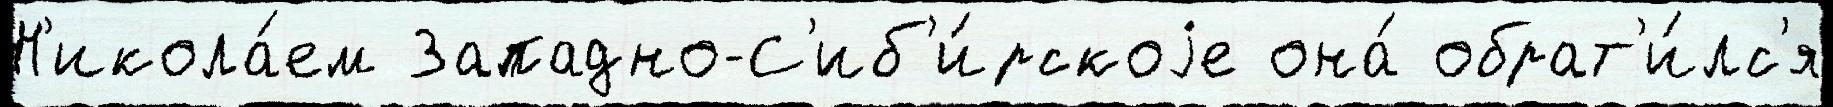
Н'икола́ем Западно-С'иб'и́рскоjе она́ обрат'и́лс'я